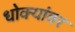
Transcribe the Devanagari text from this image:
धोक्यांवर